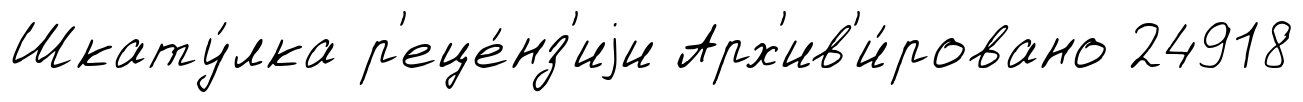
Шкату́лка р'еце́нз'иjи Арх'ив'и́ровано 24918